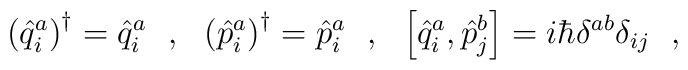
\left(\hat{q}^a_i\right)^\dagger=\hat{q}^a_i\ \ ,\ \ \left(\hat{p}^a_i\right)^\dagger=\hat{p}^a_i\ \ ,\ \ \left[\hat{q}^a_i,\hat{p}^b_j\right]=i\hbar\delta^{ab}\delta_{ij}\ \ ,